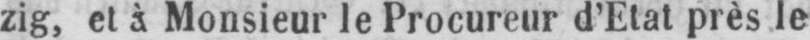
zig, et à Monsieur le Procureur d’Etat près le